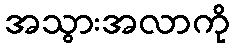
အသွားအလာကို